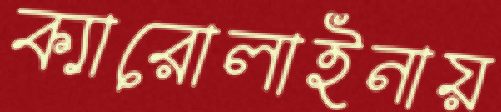
ক্যারোলাইনায়